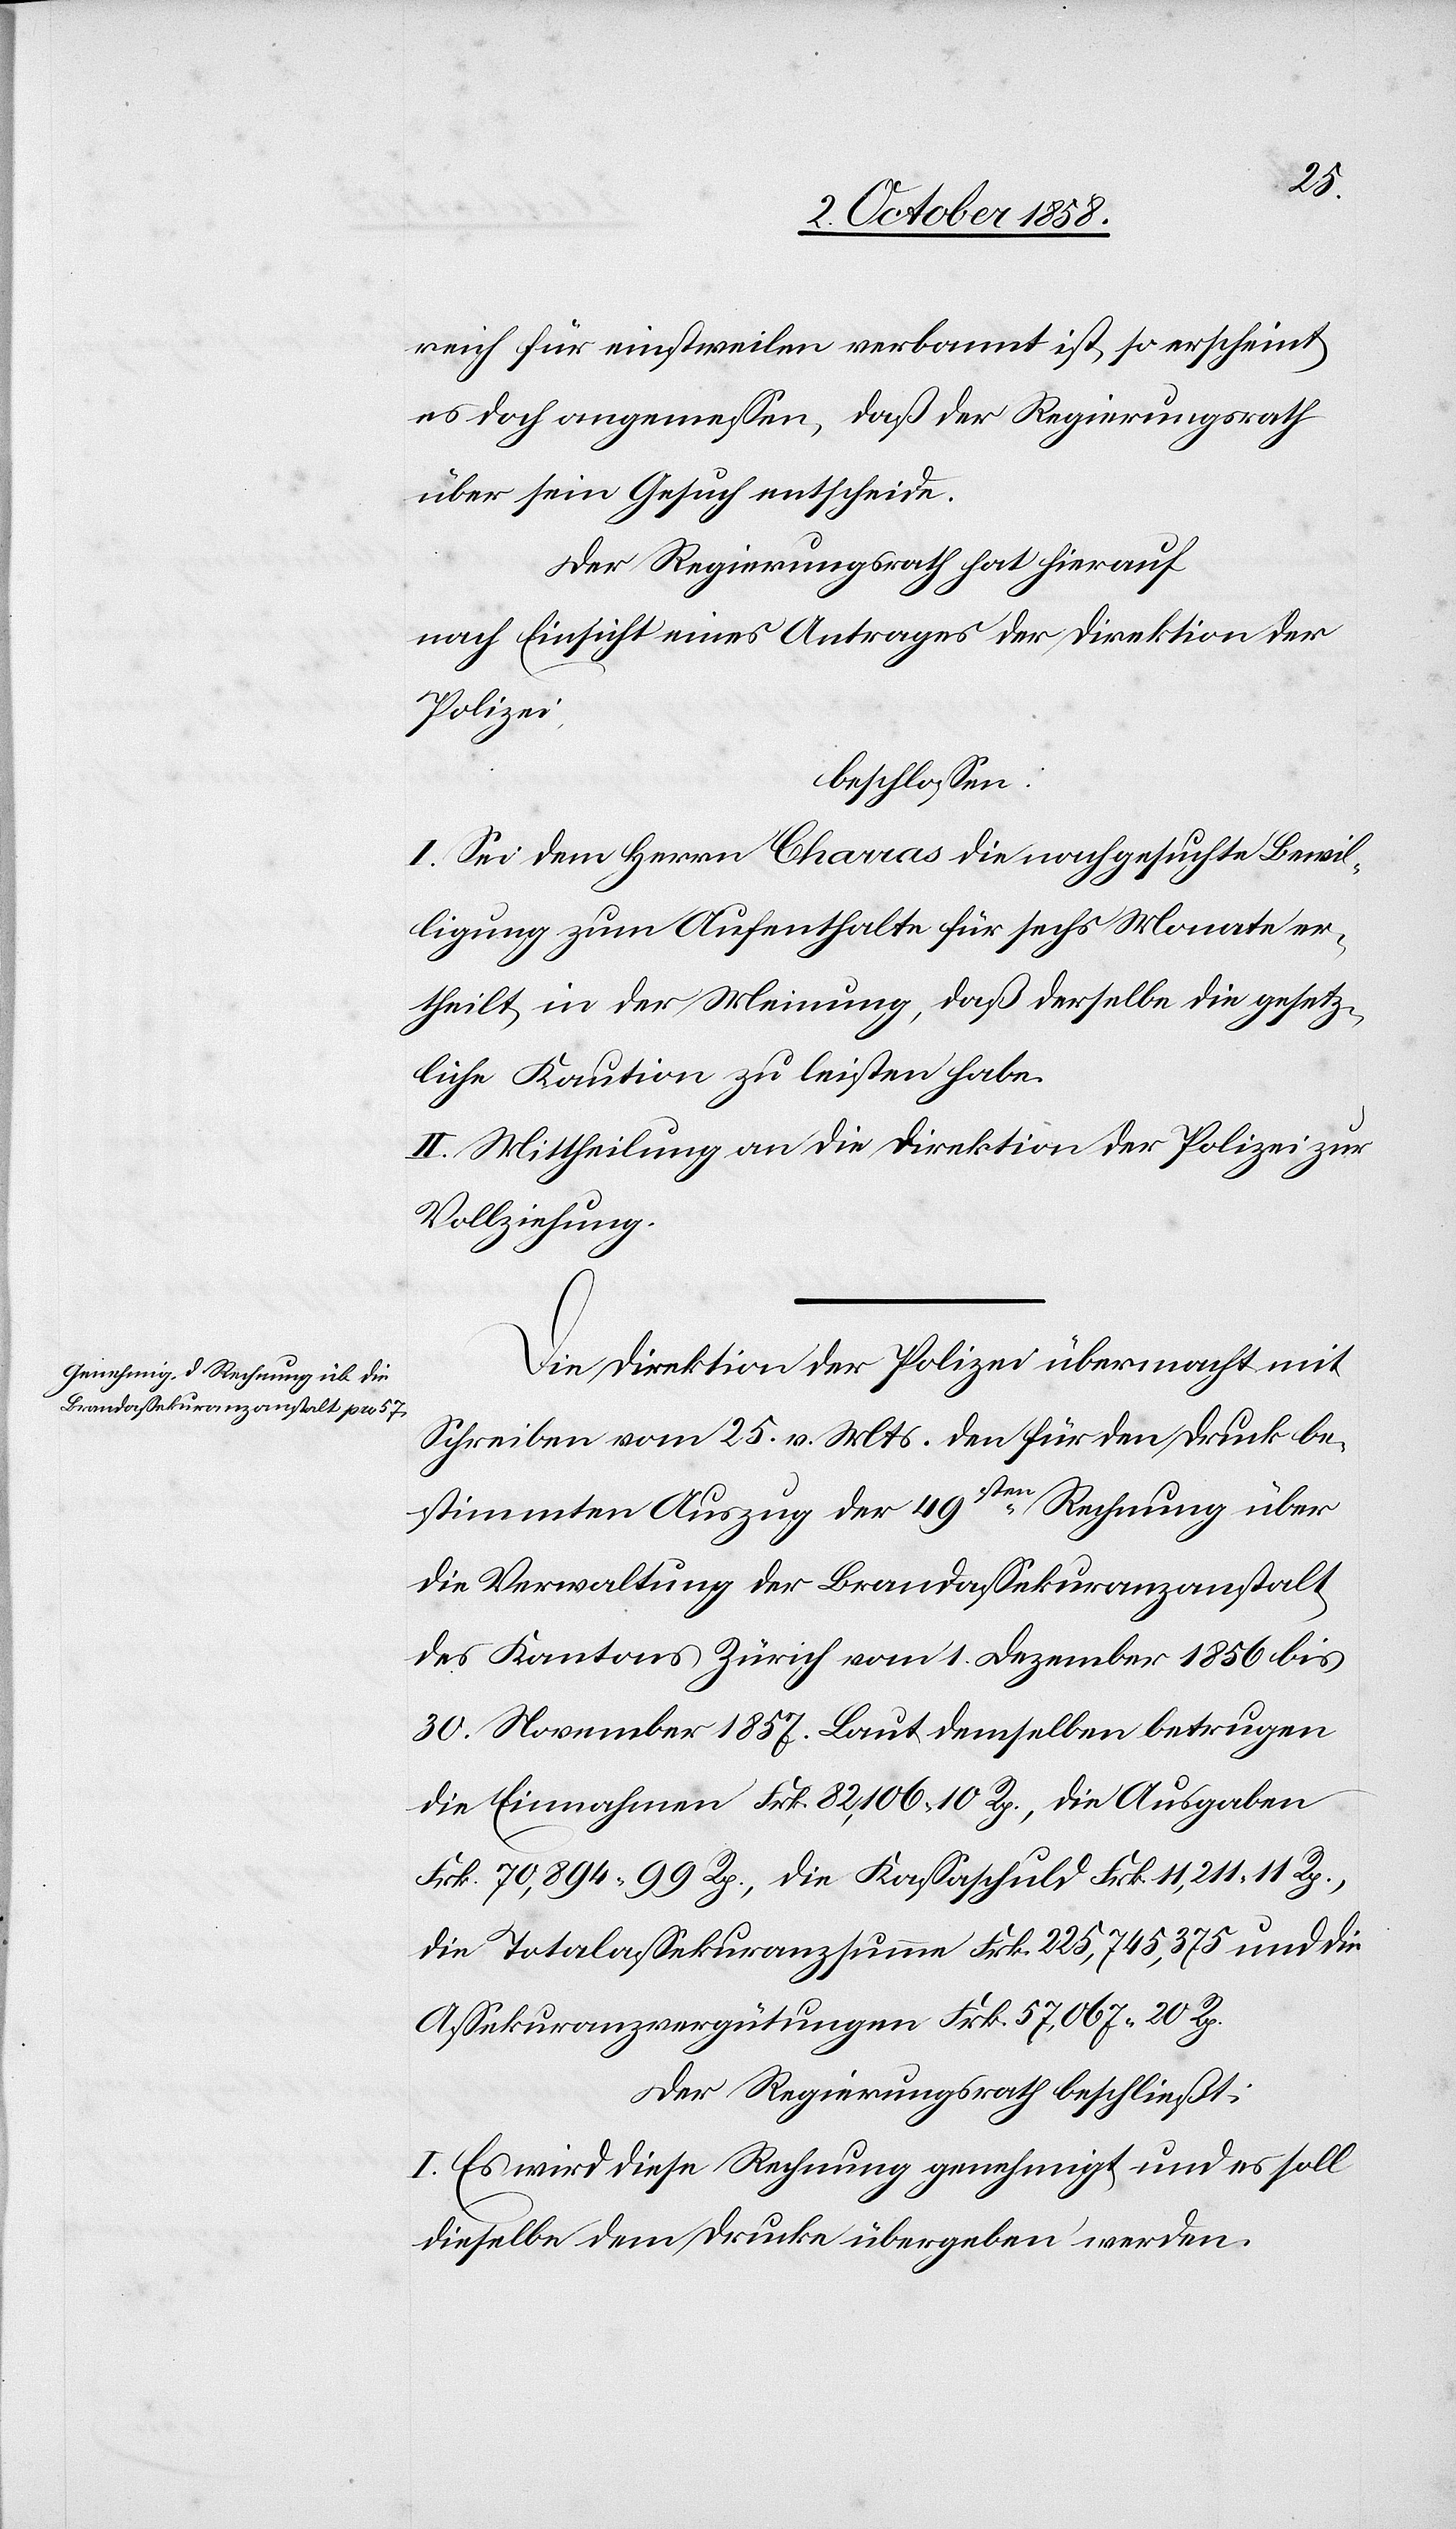
reich für einstweilen verbannt ist, so erscheint
es doch angemessen, daß der Regierungsrath
über sein Gesuch entscheide.
Der Regierungsrath hat hierauf
nach Einsicht eines Antrages der Direktion der
Polizei,
beschlossen:
I. Sei dem Herrn Charras die nachgesuchte Bewi¬
lligung zum Aufenthalte für sechs Monate er¬
theilt, in der Meinung, daß derselbe die gesetz¬
liche Kaution zu leisten habe.
II. Mittheilung an die Direktion der Polizei zur
Vollziehung.
Die Direktion der Polizei übermacht mit
Schreiben vom 25. v. Mts. den für den Druck be¬
stimmten Auszug der 49sten Rechnung über
die Verwaltung der Brandassekuranzanstalt
des Kantons Zürich vom 1. Dezember 1856 bis
30. November 1857. Laut demselben betrugen
die Einnahmen Frk. 82,106. 10 Rp., die Ausgaben
Frk. 70,894. 99 Rp., die Kassaschuld Frk. 11,211. 11 Rp.,
die Totalassekuranzsumme Frk. 225,745,375 und die
Assekuranzvergütungen Frk. 57,067. 20 Rp.
Der Regierungsrath beschließt:
I. Es wird diese Rechnung genehmigt und es soll
dieselbe dem Drucke übergeben werden.